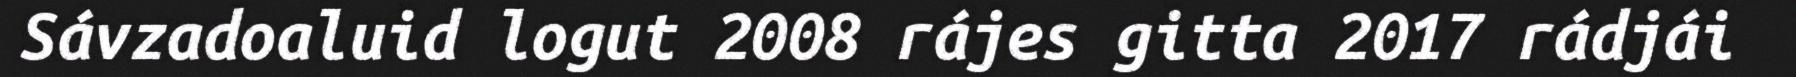
Sávzadoaluid logut 2008 rájes gitta 2017 rádjái